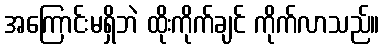
အကြောင်းမရှိဘဲ ထိုးကိုက်ချင် ကိုက်လာသည်။